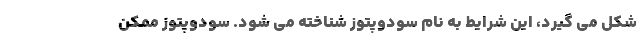
شکل می گیرد، این شرایط به نام سودوپتوز شناخته می شود. سودوپتوز ممکن